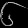
Digit: ၆